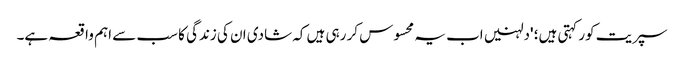
سپریت کور کہتی ہیں؛ 'دلہنیں اب یہ محسوس کر رہی ہیں کہ شادی ان کی زندگی کا سب سے اہم واقعہ ہے۔